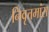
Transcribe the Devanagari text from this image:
निवृत्तमांस